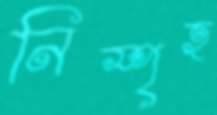
নিস্পৃহ